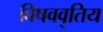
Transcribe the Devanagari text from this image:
विषववृतिय